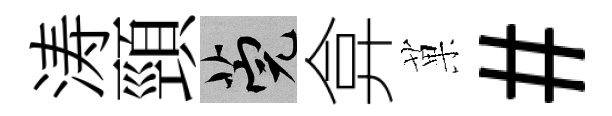
涛頸筦弇菓#